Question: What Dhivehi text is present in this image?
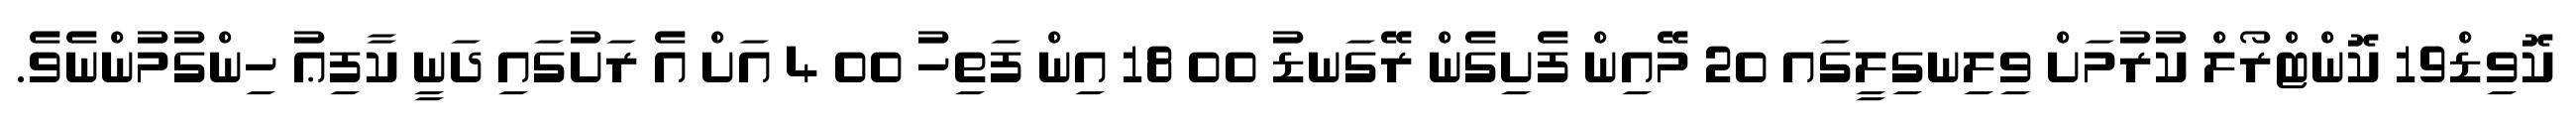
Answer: ކޮވިޑް19 ކޮންޓްރޯލް ކުރުމަށް ވިލިނގިލީގައ 20 މޭއިން ފެށިގެން ރޭގަނޑު 00 18 އިން ފަތިހު 00 4 އަށް އެ ރަށުގައި ދަނީ ކާފިޢު ހިންގުމުންނެވެ.